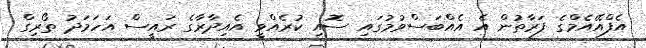
އެފްއޭއެމްގެ ފަރާތުން އެ އެއްބަސްވުމުގައި ސޮއި ކުރެއްވީ އެއިދާރާގެ ރައީސް އަހަމަދު ތޯރިގް